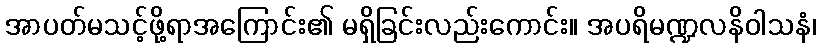
အာပတ်မသင့်ဖို့ရာအကြောင်း၏ မရှိခြင်းလည်းကောင်း။ အပရိမဏ္ဍလနိဝါသနံ၊